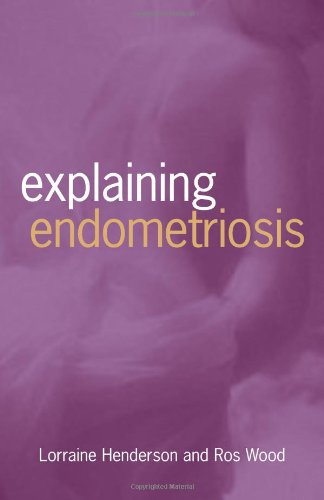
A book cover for Explaining Endometriosis; Lorraine Henderson; Health, Fitness & Dieting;